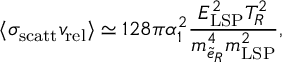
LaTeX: \langle \sigma _ { \mathrm { s c a t t } } v _ { \mathrm { r e l } } \rangle \simeq 1 2 8 \pi \alpha _ { 1 } ^ { 2 } \frac { E _ { \mathrm { L S P } } ^ { 2 } T _ { R } ^ { 2 } } { m _ { \tilde { e } _ { R } } ^ { 4 } m _ { \mathrm { L S P } } ^ { 2 } } ,